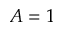
A = 1